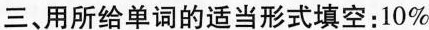
三、用所给单词的适当形式填空:10%